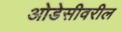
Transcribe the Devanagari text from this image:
ओडेसीवरील